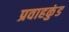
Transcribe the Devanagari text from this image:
प्रवाहकुंड